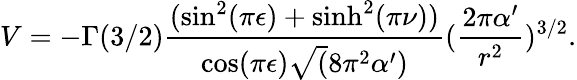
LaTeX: V=-\Gamma(3/2)\frac{(\sin^{2}(\pi\epsilon)+\sinh^{2}(\pi\nu))}{\cos(\pi\epsilon)\sqrt(8\pi^{2}\alpha^{\prime})}(\frac{2\pi\alpha^{\prime}}{r^{2}})^{3/2}.